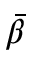
\Bar { \beta }